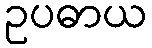
ဥပဓာယ